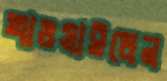
খাওয়াইলেন